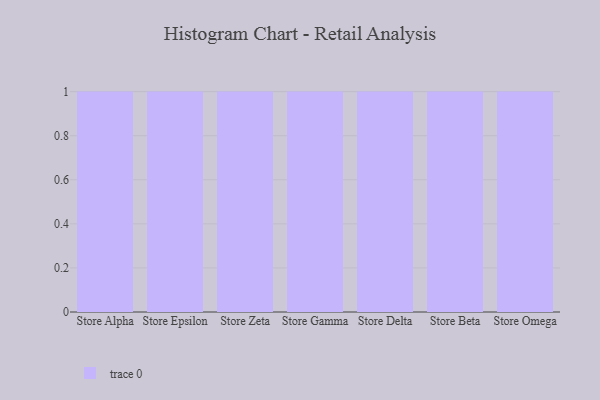
{"axis": {"x": "Store", "y": "Inventory Turnover"}, "legend": [""], "data": [{"x": "Store Alpha", "y": 94, "type": ""}, {"x": "Store Epsilon", "y": 80, "type": ""}, {"x": "Store Zeta", "y": 6, "type": ""}, {"x": "Store Gamma", "y": 30, "type": ""}, {"x": "Store Delta", "y": 27, "type": ""}, {"x": "Store Beta", "y": 68, "type": ""}, {"x": "Store Omega", "y": 87, "type": ""}]}